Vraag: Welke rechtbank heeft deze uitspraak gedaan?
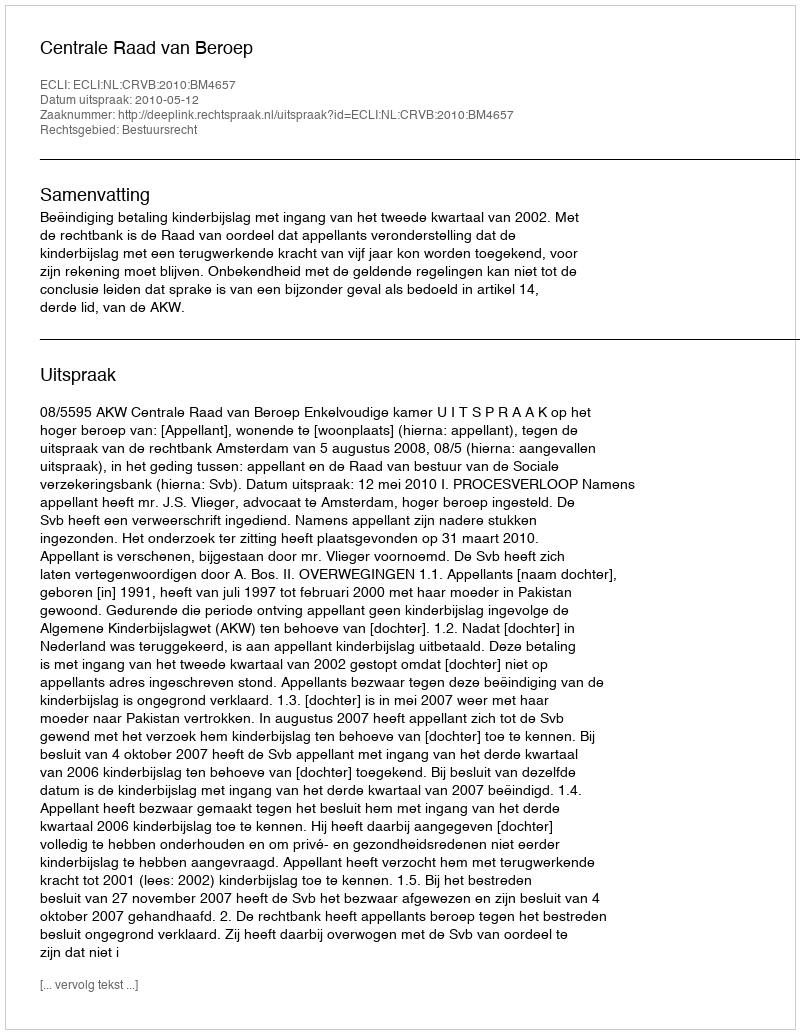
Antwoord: Centrale Raad van Beroep